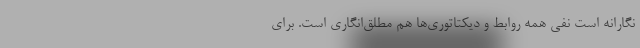
نگارانه است نفی همه روابط و دیکتاتوری‌ها هم مطلق‌انگاری است. برای